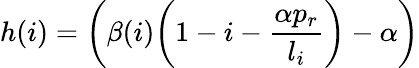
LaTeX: h(i)=\left(\beta(i)\bigg(1-i-\frac{\alpha p_{r}}{l_{i}}\bigg)-\alpha\right)